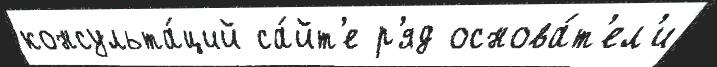
консульта́ций са́йт'е р'яд основа́т'ел'и